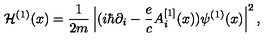
{ \cal H } ^ { ( 1 ) } ( x ) = { \frac { 1 } { 2 m } } \left| ( i \hbar \partial _ { i } - { \frac { e } { c } } A _ { i } ^ { [ 1 ] } ( x ) ) \psi ^ { ( 1 ) } ( x ) \right| ^ { 2 } ,